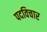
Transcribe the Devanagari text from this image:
पदविचार